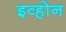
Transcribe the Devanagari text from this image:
इव्होन